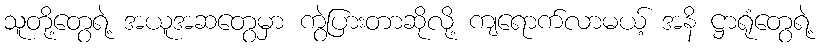
သူတို့တွေရဲ့ အယူအဆတွေမှာ ကွဲပြားတာဆိုလို့ ကျရောက်လာမယ့် အနိ ဋ္ဌာရုံတွေရဲ့